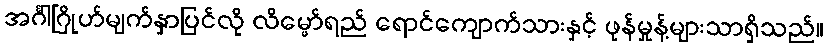
အင်္ဂါဂြိုဟ်မျက်နှာပြင်လို လိမ္မော်ရည် ရောင်ကျောက်သားနှင့် ဖုန်မှုန့်များသာရှိသည်။